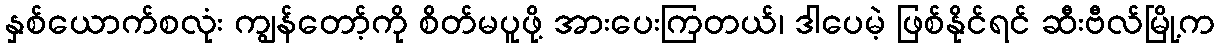
နှစ်ယောက်စလုံး ကျွန်တော့်ကို စိတ်မပူဖို့ အားပေးကြတယ်၊ ဒါပေမဲ့ ဖြစ်နိုင်ရင် ဆီးဗီလ်မြို့က